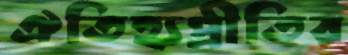
ঐতিহ্যপ্রীতির